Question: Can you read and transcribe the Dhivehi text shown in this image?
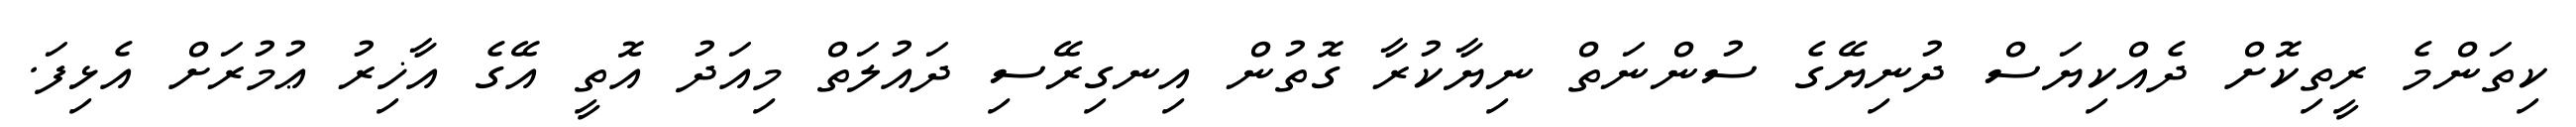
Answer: ކިތަންމެ ރީތިކޮށް ދެއްކިޔަސް ދުނިޔޭގެ ސުންނަތް ނިޔާކުރާ ގޮތުން އިނގިރޭސި ދައުލަތް މިއަދު އޮތީ އޭގެ އާޚިރު ޢުމުރަށް އެޅިފަ.